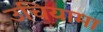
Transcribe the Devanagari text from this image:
उचियामा